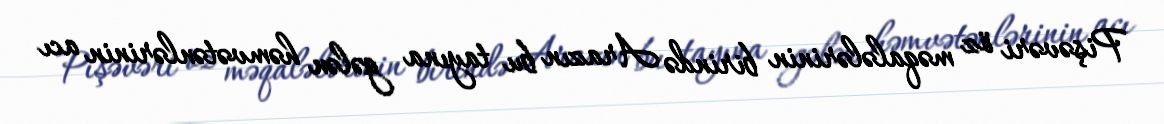
Pişəvəri öz məqalələrinin birində Arazın bu tayına gələn həmvətənlərinin acı